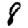
Digit: 8